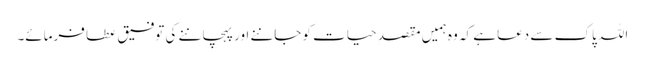
اللہ پاک سے دعا ہے کہ وہ ہمیں مقصدِ حیات کو جاننے اور پہچاننے کی توفیق عطا فرمائے۔